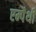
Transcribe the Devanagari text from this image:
एम्पैथी